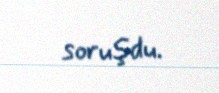
soruşdu.